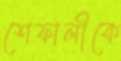
শেফালীকে